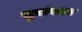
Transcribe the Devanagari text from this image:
सुयांवाला